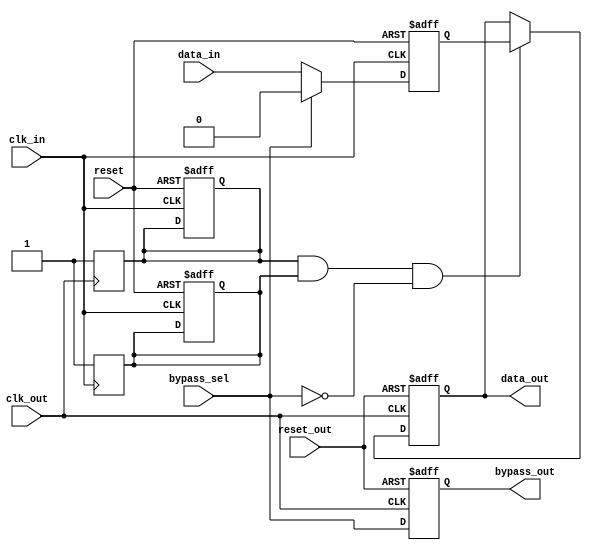
module bypass_register(input wire clk_in, // Input clock signal
                       input wire reset, // Reset signal
                       input wire data_in, // Input data signal
                       output reg data_out, // Output data signal
                       input wire bypass_sel, // Bypass select signal
                       output reg bypass_out, // Bypass output signal
                       input wire clk_out, // Output clock signal
                       input wire reset_out // Output reset signal
                       );

reg [1:0] bypass_reg; // Internal register to store data
reg sampling_done; // Flag to indicate sampling operation completion
reg sampling_reg; // Sampling register for synchronization

always @(posedge clk_in or posedge reset) begin
    if (reset) begin
        bypass_reg <= 2'b0; // Reset internal register
        sampling_done <= 1'b0; // Reset sampling flag
        sampling_reg <= 1'b0; // Reset sampling register
    end else begin
        if (bypass_sel) begin
            bypass_reg <= 2'b0; // If bypass is selected, reset internal register
        end else begin
            bypass_reg <= data_in; // If bypass is not selected, transfer input data to internal register
        end
    end
end

always @(posedge clk_out or posedge reset_out) begin
    if (reset_out) begin
        data_out <= 1'b0; // Reset output data
        bypass_out <= 1'b0; // Reset bypass output
    end else begin
        if (sampling_done && sampling_reg && !bypass_sel) begin
            data_out <= bypass_reg; // Output data from internal register if sampling is complete and bypass is not selected
        end
        bypass_out <= bypass_sel; // Output bypass select signal
    end
end

always @(posedge clk_in) begin
    sampling_reg <= 1'b1; // Start sampling operation on posedge of input clock
end

always @(posedge clk_out) begin
    sampling_done <= 1'b1; // Signal sampling operation completion on posedge of output clock
end

endmodule